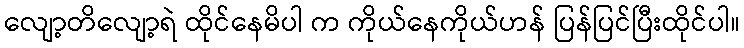
လျော့တိလျော့ရဲ ထိုင်နေမိပါ က ကိုယ်နေကိုယ်ဟန် ပြန်ပြင်ပြီးထိုင်ပါ။